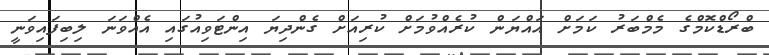
ބްރޯޑްކޮމްގެ މެމްބަރު ކަމަށް އައްޔަން ކުރެއްވުމަށް ކުރިއަށް ގެންދިޔަ އިންޓަވިއުގައި އެއްވަނަ ލިބިފައިވަނީ